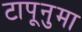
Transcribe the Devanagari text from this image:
टापूनुमा